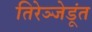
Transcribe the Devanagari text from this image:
तिरेञ्जेडूंत